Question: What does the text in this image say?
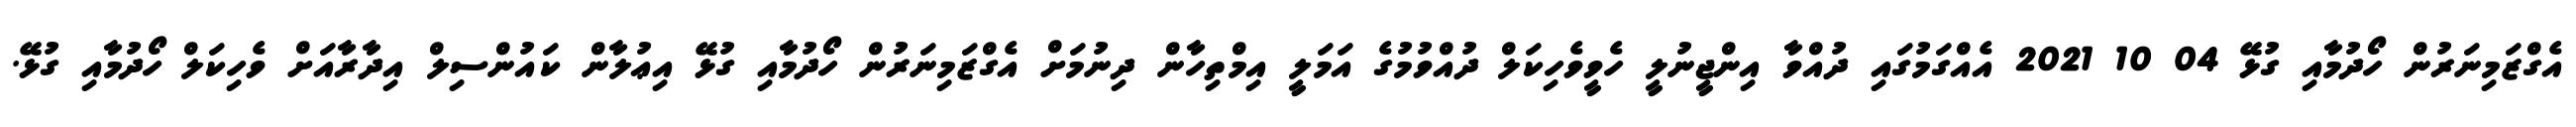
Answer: އެގްޒަމިނަރުން ހޯދުމާއި ގުޅޭ 04 10 2021 އެއްގަމުގައި ދުއްވާ އިންޖީނުލީ ހެވީވެހިކަލް ދުއްވުމުގެ އަމަލީ އިމްތިހާން ދިނުމަށް އެގްޒަމިނަރުން ހޯދުމާއި ގުޅޭ އިޢުލާން ކައުންސިލް އިދާރާއަށް ވެހިކަލް ހޯދުމާއި ގުޅޭ.